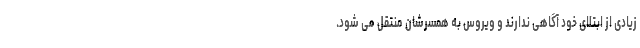
زیادی از ابتلای خود آگاهی ندارند و ویروس به همسرشان منتقل می شود.